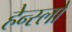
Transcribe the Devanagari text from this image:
हेन्स्लो